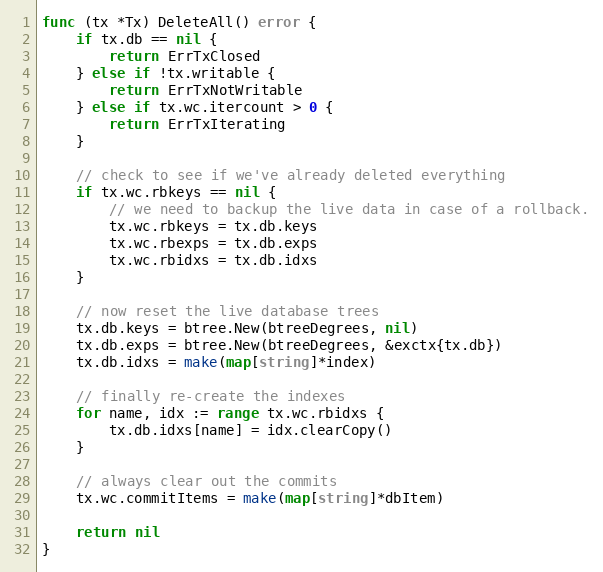
Language: Go
func (tx *Tx) DeleteAll() error {
	if tx.db == nil {
		return ErrTxClosed
	} else if !tx.writable {
		return ErrTxNotWritable
	} else if tx.wc.itercount > 0 {
		return ErrTxIterating
	}

	// check to see if we've already deleted everything
	if tx.wc.rbkeys == nil {
		// we need to backup the live data in case of a rollback.
		tx.wc.rbkeys = tx.db.keys
		tx.wc.rbexps = tx.db.exps
		tx.wc.rbidxs = tx.db.idxs
	}

	// now reset the live database trees
	tx.db.keys = btree.New(btreeDegrees, nil)
	tx.db.exps = btree.New(btreeDegrees, &exctx{tx.db})
	tx.db.idxs = make(map[string]*index)

	// finally re-create the indexes
	for name, idx := range tx.wc.rbidxs {
		tx.db.idxs[name] = idx.clearCopy()
	}

	// always clear out the commits
	tx.wc.commitItems = make(map[string]*dbItem)

	return nil
}